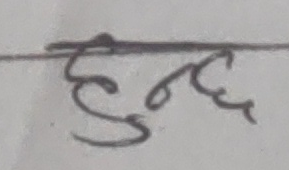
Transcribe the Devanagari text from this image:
हुन्छ